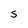
Character: S